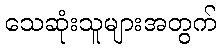
သေဆုံးသူများအတွက်